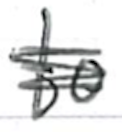
Text: to
Cross-out: scratch
Writing tool: ballpoint